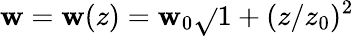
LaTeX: \mathbf{w}=\mathbf{w}(z)=\mathbf{w}_{0}\sqrt{}{{1+(z/z_{0})^{2}}}